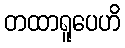
တထာရူပေဟိ